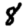
Digit: 8